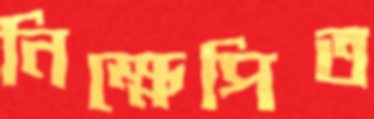
নিক্ষেপিত